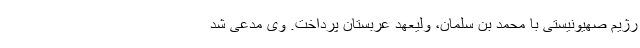
رژیم صهیونیستی با محمد بن سلمان، ولیعهد عربستان پرداخت. وی مدعی شد